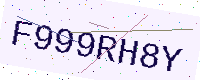
Text: F999RH8Y